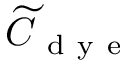
\widetilde { C } _ { \mathrm { ~ d ~ y ~ e ~ } }